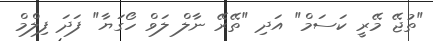
"ތުޖޭ މޭރީ ކަސަމް" އަދި "ތޭރޭ ނާލް ލަވް ހޯގަޔާ" ފަދަ ފިލްމް